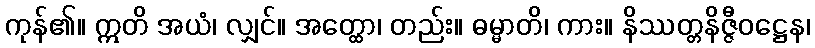
ကုန်၏။ ဣတိ အယံ၊ လျှင်။ အတ္ထော၊ တည်း။ ဓမ္မာတိ၊ ကား။ နိဿတ္တနိဇ္ဇီဝဋ္ဌေန၊